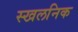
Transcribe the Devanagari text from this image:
स्खलनिक